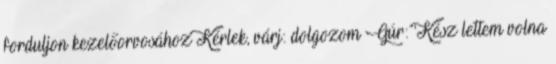
forduljon kezelőorvosához Kérlek, várj: dolgozom Gúr: 'Kész lettem volna